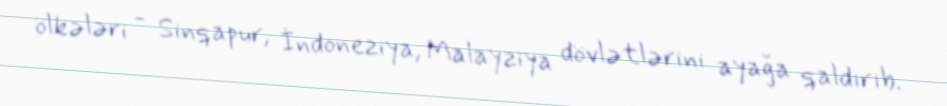
ölkələri - Sinqapur, İndoneziya, Malayziya dövlətlərini ayağa qaldırıb.